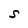
Character: S